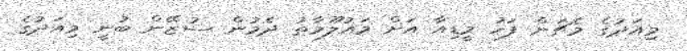
މިއަދުގެ މެޗަށް ފަހު މީޑިއާ އަށް މައުލޫމާތު ދެމުން ސުޒޭން ބުނީ މިއަދުގެ